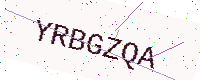
Text: YRBGZQA